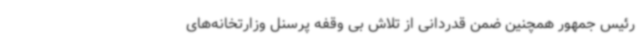
رئیس جمهور همچنین ضمن قدردانی از تلاش بی وقفه پرسنل وزارتخانه‌های